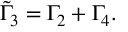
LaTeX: \tilde { \Gamma } _ { 3 } = \Gamma _ { 2 } + \Gamma _ { 4 } .